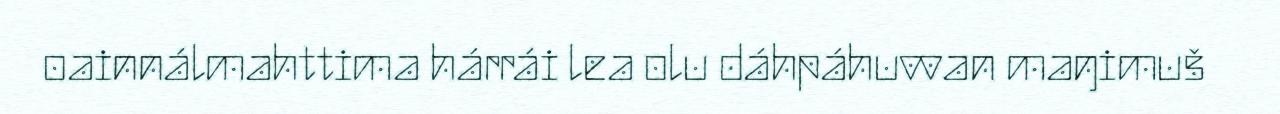
oainnálmahttima hárrái lea olu dáhpáhuvvan maŋimuš